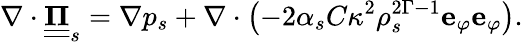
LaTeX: \nabla\cdot\underline{{\underline{{\mathbf{\Pi}}}}}_{s}=\nabla p_{s}+\nabla\cdot\left(-2\alpha_{s}C\kappa^{2}\rho_{s}^{2\Gamma-1}\mathbf{e}_{\varphi}\mathbf{e}_{\varphi}\right).